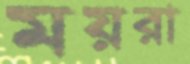
ময়রা